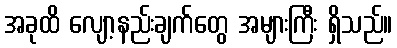
အခုထိ လျော့နည်းချက်တွေ အများကြီး ရှိသည်။